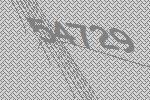
54729